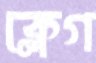
ক্লেগ